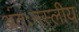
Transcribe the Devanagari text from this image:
अंतःनस्लीय